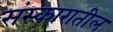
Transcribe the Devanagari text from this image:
संस्कारातील